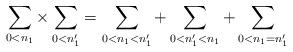
LaTeX: \begin{align*} \sum_{0<n_{1}} \times \sum_{0<n'_{1}} = \sum_{0<n_{1} < n'_{1}} + \sum_{0<n'_{1} <n_{1}} + \sum_{0<n_{1}=n'_{1}} \end{align*}